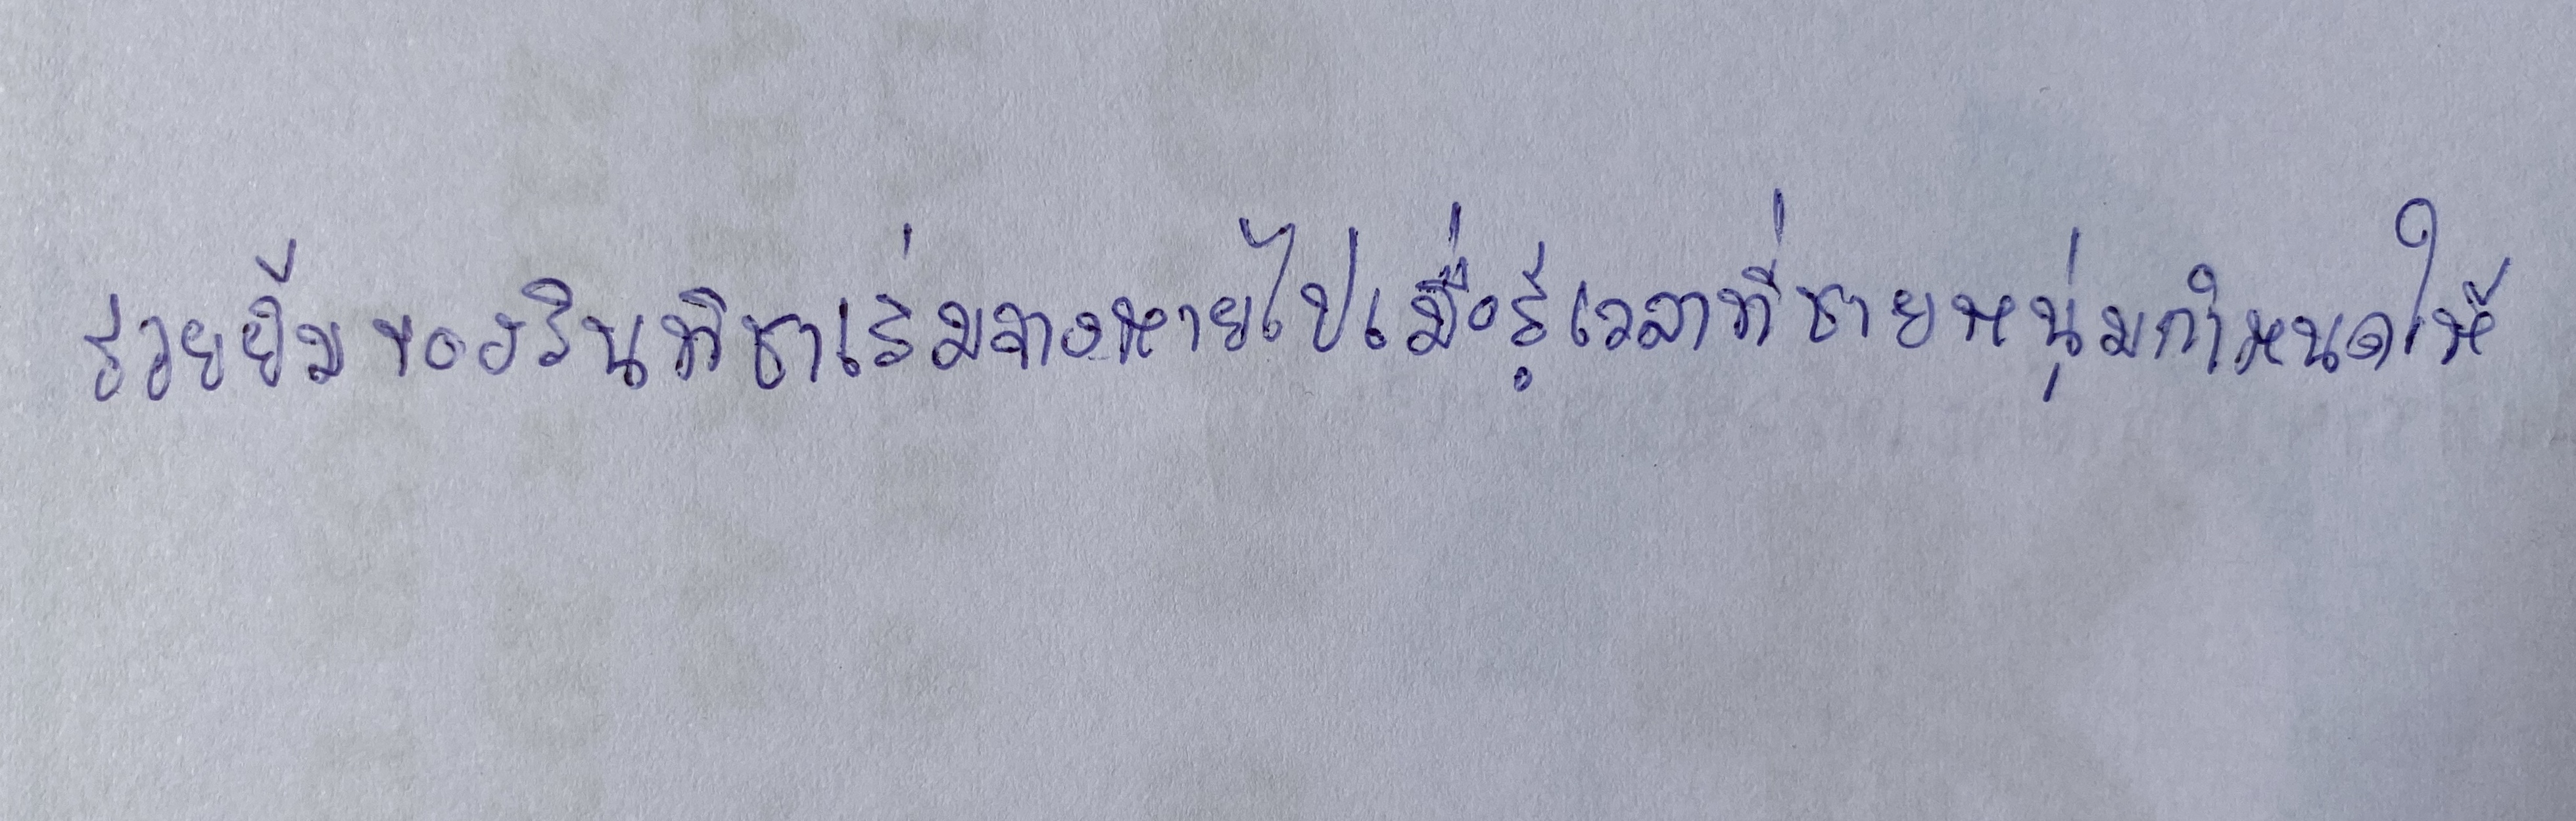
รอยยิ้มของรินทิชาเริ่มจางหายไปเมื่อรู้เวลาที่ชายหนุ่มกำหนดให้